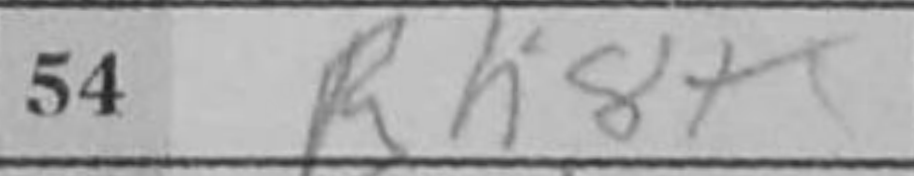
Transcription: Rh8+